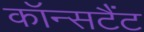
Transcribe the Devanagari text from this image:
कॉन्सटैंट